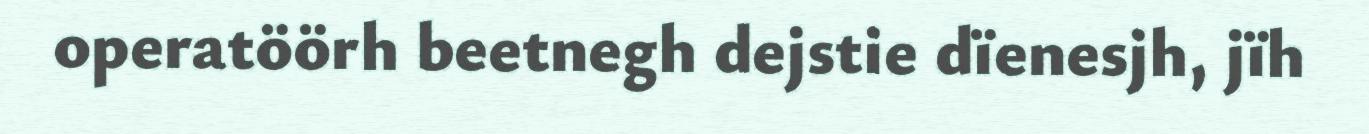
operatöörh beetnegh dejstie dïenesjh, jïh